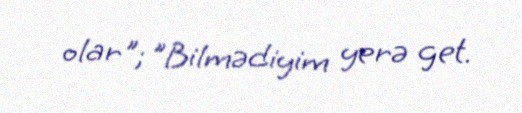
olar"; "Bilmədiyim yerə get.